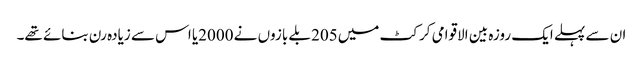
ان سے پہلے ایک روزہ بین الاقوامی کرکٹ میں205 بلے بازوں نے 2000یا اس سے زیادہ رن بنائے تھے۔